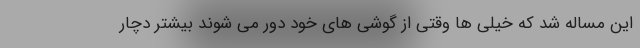
این مساله شد که خیلی ها وقتی از گوشی های خود دور می شوند بیشتر دچار